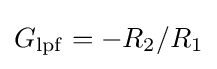
G_{\mathrm {lpf} }=-R_{2}/R_{1}